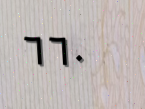
٦٦٠